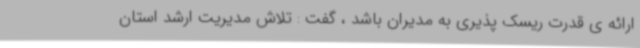
ارائه ی قدرت ریسک پذیری به مدیران باشد ، گفت : تلاش مدیریت ارشد استان